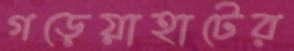
গড়েয়াহাটের